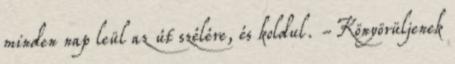
minden nap leül az út szélére, és koldul. -Könyörüljenek